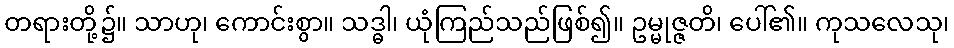
တရားတို့၌။ သာဟု၊ ကောင်းစွာ။ သဒ္ဓါ၊ ယုံကြည်သည်ဖြစ်၍။ ဥမ္မုဇ္ဇတိ၊ ပေါ်၏။ ကုသလေသု၊